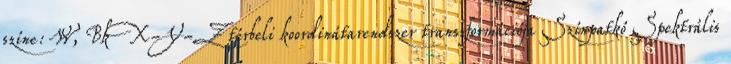
színe: W, Bk X-Y-Z térbeli koordinátarendszer transzformációja Színpatkó Spektrális